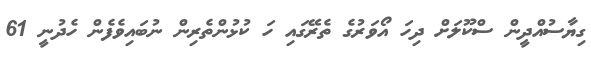
ގިޔާސުއްދީން ސްކޫލަށް ދިހަ އޯވަރުގެ ތެރޭގައި ހަ ކުޅުންތެރިން ނުބައިވެފެން ހެދުނީ 61